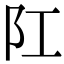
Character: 𨸖